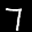
Label: 7